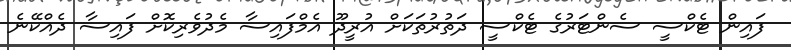
ފައިން ޓެކްސީ ސެންޓަރުގެ ޓެކްސީ ދަތުރުތަކަށް އުރީދޫ އެމްފައިސާ މެދުވެރިކޮށް ފައިސާ ދެއްކޭނެ